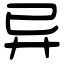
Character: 异